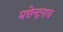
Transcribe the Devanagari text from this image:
मछेन्द्रनाथ